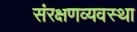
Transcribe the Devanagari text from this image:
संरक्षणव्यवस्था